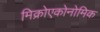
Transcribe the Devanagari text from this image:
मिक्रोएकोनोमिक